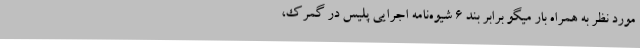
مورد نظر به همراه بار میگو برابر بند ۶ شیوه‌نامه اجرایی پلیس در گمرک،